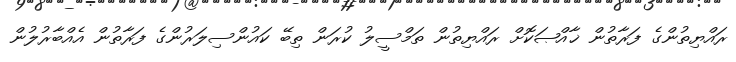
ރައްޔިތުންގެ ފަރާތުން ޚާއްޞަކޮށް ރައްޔިތުން ތަމްސީލު ކުރަން ތިބޭ ކައުންސިލަރުންގެ ފަރާތުން އެއްބާރުލުން